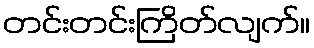
တင်းတင်းကြိတ်လျက်။